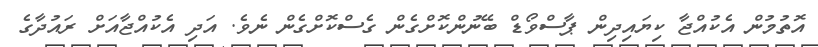
އޮތުމުން އެކުއްޖާ ކިޔައިދިން ޕާސްވޯޑް ބޭނުންކޮށްގެން ގެސްކޮށްގެން ނެވެ. އަދި އެކުއްޖާއަށް ރައުދާގެ